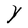
Character: Y